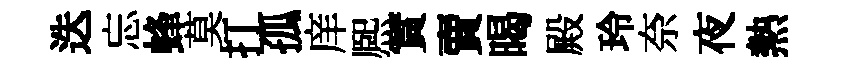
迭忘蜂莫打孤庠熈實賣暍殿玲奈夜熱